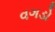
વગડો